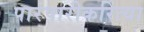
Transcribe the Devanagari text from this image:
पारंपारीकरित्या